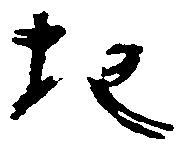
地